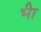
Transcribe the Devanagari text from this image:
भ्‍ीा